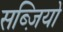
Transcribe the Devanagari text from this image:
सब्ज़ियो